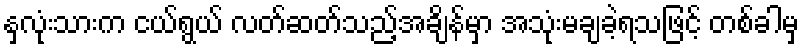
နှလုံးသားက ငယ်ရွယ် လတ်ဆတ်သည့်အချိန်မှာ အသုံးမချခဲ့ရသဖြင့် တစ်ခါမှ